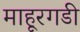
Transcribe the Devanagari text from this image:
माहूरगडी